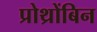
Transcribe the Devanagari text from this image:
प्रोथ्रोंबिन